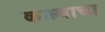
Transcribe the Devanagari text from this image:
काल्याचा